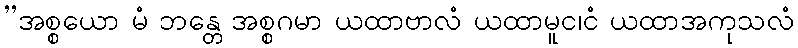
”အစ္စယော မံ ဘန္တေ အစ္စဂမာ ယထာဗာလံ ယထာမူင၊ငံ ယထာအကုသလံ